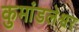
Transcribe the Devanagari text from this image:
कुमांडलेश्वर